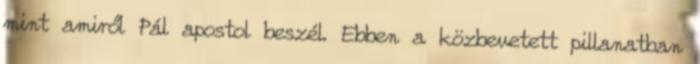
mint amiről Pál apostol beszél. Ebben a közbevetett pillanatban